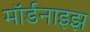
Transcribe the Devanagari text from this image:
मॉर्डनाइझ